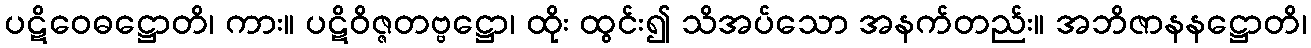
ပဋိဝေဓဋ္ဌောတိ၊ ကား။ ပဋိဝိဇ္ဇတဗ္ဗဋ္ဌော၊ ထိုး ထွင်း၍ သိအပ်သော အနက်တည်း။ အဘိဇာနနဋ္ဌောတိ၊